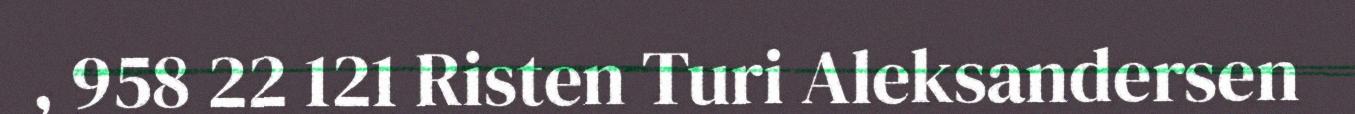
, 958 22 121 Risten Turi Aleksandersen